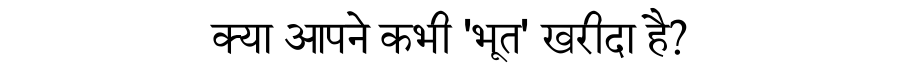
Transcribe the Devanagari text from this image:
क्या आपने कभी 'भूत' खरीदा है?